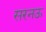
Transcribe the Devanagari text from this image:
सरनऊ